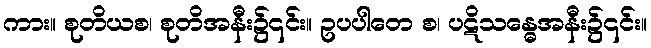
ကား။ စုတိယစ၊ စုတိအနီး၌၎င်း။ ဥပပါတေ စ၊ ပဋိသန္ဓေအနီး၌၎င်း။